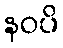
နဝပိ